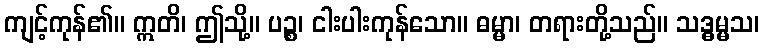
ကျင့်ကုန်၏။ ဣတိ၊ ဤသို့။ ပဉ္စ၊ ငါးပါးကုန်သော။ ဓမ္မာ၊ တရားတို့သည်။ သဒ္ဓမ္မသ၊